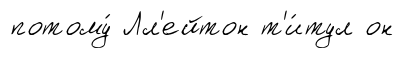
потому́ Лл'ейтон т'и́тул он